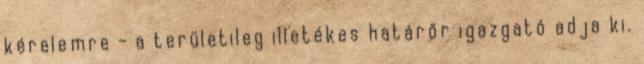
kérelemre - a területileg illetékes határőr igazgató adja ki.